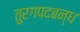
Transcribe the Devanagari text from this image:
तुरगपदबन्ध